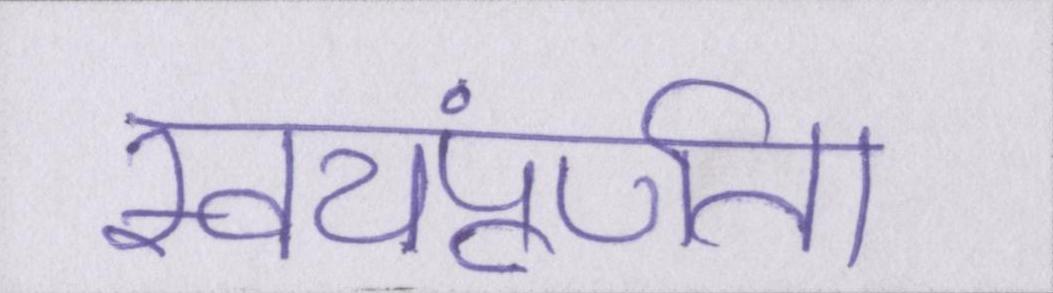
स्वयंपूर्णता